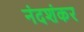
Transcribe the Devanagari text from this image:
नंदशंकर